Indian journal of veterinary science and animal husbandry - Volumes 18-21, 1948-1951
Year: 1948
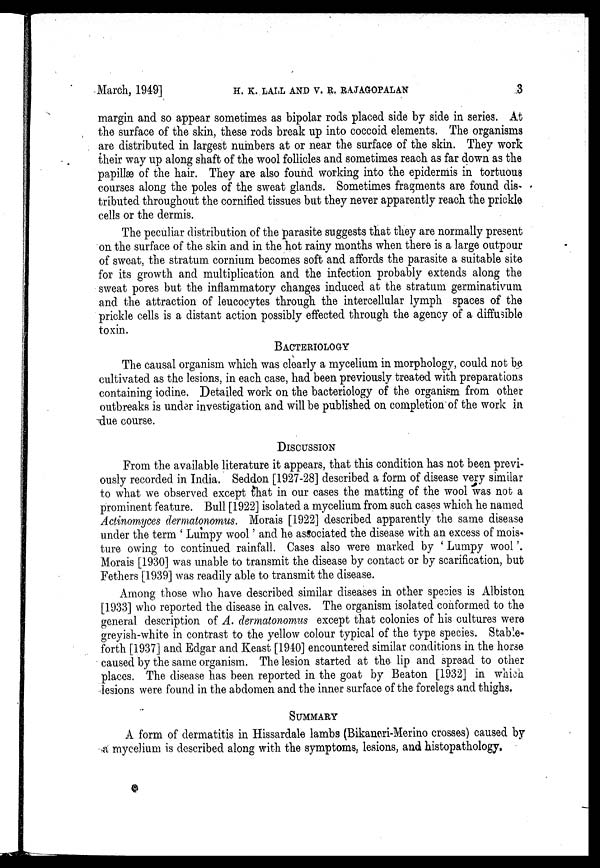
March, 1949]
H.
K.
LALL
AND
V.
R.
RAJAGOPALAN
3
margin and so appear sometimes as bipolar rods placed side by side in series. At
the surface of the skin, these rods break up into coccoid elements. The organisms
are distributed in largest numbers at or near the surface of the skin. They work
their way up along shaft of the wool follicles and sometimes reach as far down as the
papillæ of the hair. They are also found working into the epidermis in tortuous
courses along the poles of the sweat glands. Sometimes fragments are found dis-
tributed throughout the cornified tissues but they never apparently reach the prickle
cells or the dermis.
The peculiar distribution of the parasite suggests that they are normally present
on the surface of the skin and in the hot rainy months when there is a large outpour
of sweat, the stratum cornium becomes soft and affords the parasite a suitable site
for its growth and multiplication and the infection probably extends along the
sweat pores but the inflammatory changes induced at the stratum germinativum
and the attraction of leucocytes through the intercellular lymph spaces of the
prickle cells is a distant action possibly effected through the agency of a diffusible
toxin.
BACTERIOLOGY
The causal organism which was clearly a mycelium in morphology, could not be
cultivated as the lesions, in each case, had been previously treated with preparations
containing iodine. Detailed work on the bacteriology of the organism from other
outbreaks is under investigation and will be published on completion of the work in.
due course.
DISCUSSION
From the available literature it appears, that this condition has not been previ-
ously recorded in India. Seddon [1927-28] described a form of disease very similar
to what we observed except that in our cases the matting of the wool was not a
prominent feature. Bull [1922] isolated a mycelium from such cases which he named
Actinomyces dermatonmus. Morais [1922] described apparently the same disease
under the term 'Lumpy wool' and he associated the disease with an excess of mois-
ture owing to continued rainfall. Cases also were marked by 'Lumpy wool'.
Morais [1930] was unable to transmit the disease by contact or by scarification, but
Fethers [1939] was readily able to transmit the disease.
Among those who have described similar diseases in other species is Albiston
[1933] who reported the disease in calves. The organism isolated conformed to the
general description of A. dermatonomus except that colonies of his cultures were
greyish-white in contrast to the yellow colour typical of the type species. Stable-
forth [1937] and Edgar and Keast [1940] encountered similar conditions in the horse
caused by the same organism. The lesion started at the lip and spread to other
places. The disease has been reported in the goat by Beaton [1932] in which
lesions were found in the abdomen and the inner surface of the forelegs and thighs.
SUMMARY
A form of dermatitis in Hissardale lambs (Bikaneri-Merino crosses) caused by
a mvcelium is described along with the symptoms, lesions, and histopathology.